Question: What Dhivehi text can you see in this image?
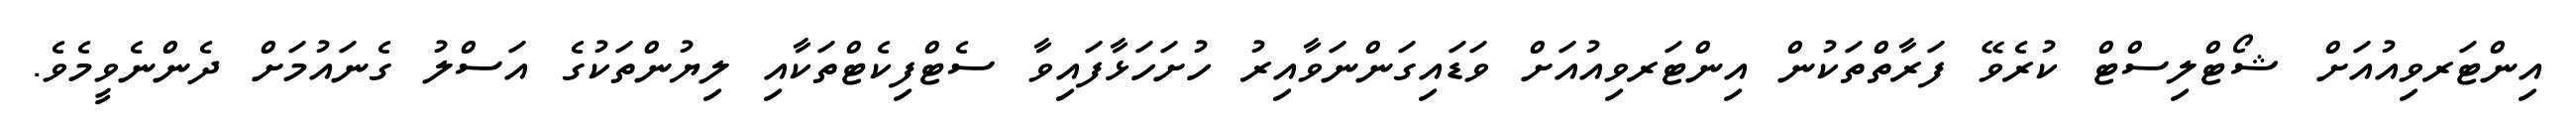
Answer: އިންޓަރވިއުއަށް ޝޯޓްލިސްޓް ކުރެވޭ ފަރާތްތަކުން އިންޓަރވިއުއަށް ވަޑައިގަންނަވާއިރު ހުށަހަޅާފައިވާ ސެޓްފިކެޓްތަކާއި ލިޔުންތަކުގެ އަސްލު ގެނައުމަށް ދެންނެވީމެވެ.